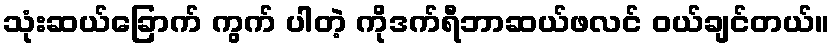
သုံးဆယ်ခြောက် ကွက် ပါတဲ့ ကိုဒက်ရီဘာဆယ်ဖလင် ဝယ်ချင်တယ်။